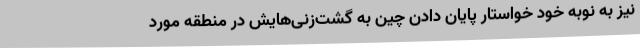
نیز به نوبه خود خواستار پایان دادن چین به گشت‌‌زنی‌هایش در منطقه مورد